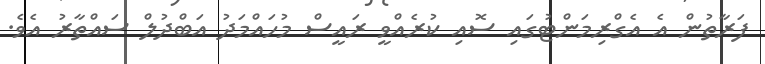
ފަރާތުން އެ އެގްރިމަންޓުގައި ސޮއި ކުރެއްވީ ރައީސް މުހައްމަދު އަބްދުލް ސައްތާރު އެވެ.